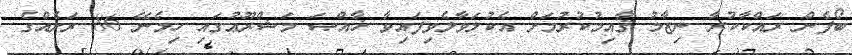
ބޯފެން ރައްކާކުރާ ނިޒާމު ޤާއިމުކުރުމަށް އެކުލަވާލެވިފައިވާ ޚާއްޞަ މަޝްރޫޢުގައި ހިމެނޭ 86 ރަށެއްގެ